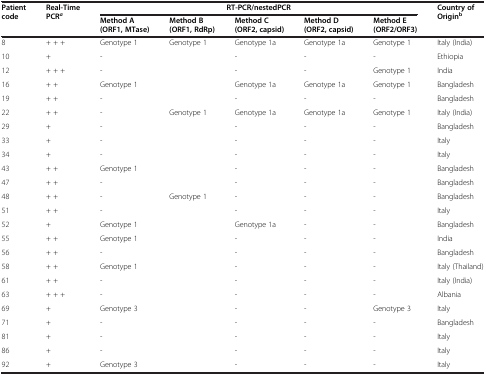
| <ROWSPAN=2> Patient code | <ROWSPAN=2> Real-Time PCRa | <COLSPAN=5> RT-PCR/nestedPCR | <ROWSPAN=2> Country of Originb |
 | Method A (ORF1, MTase) | Method B (ORF1, RdRp) | Method C (ORF2, capsid) | Method D (ORF2, capsid) | Method E (ORF2/ORF3) |
 | --- | --- | --- | --- | --- | --- | --- | --- |
 | 8 | + + + | Genotype 1 | Genotype 1 | Genotype 1a | Genotype 1a | Genotype 1 | Italy (India) |
 | 10 | + | - |  | - | - | - | Ethiopia |
 | 12 | + + + | - |  | - | - | Genotype 1 | India |
 | 16 | + + | Genotype 1 |  | Genotype 1a | Genotype 1a | Genotype 1 | Bangladesh |
 | 19 | + + | - |  | - | - | - | Bangladesh |
 | 22 | + + | - | Genotype 1 | Genotype 1a | Genotype 1a | Genotype 1 | Italy (India) |
 | 29 | + | - |  | - | - | - | Bangladesh |
 | 33 | + | - |  | - | - | - | Italy |
 | 34 | + | - |  | - | - | - | Italy |
 | 43 | + + | Genotype 1 |  | - | - | - | Bangladesh |
 | 47 | + + | - |  | - | - | - | Bangladesh |
 | 48 | + + | - | Genotype 1 | - | - | - | Bangladesh |
 | 51 | + + | - |  | - | - | - | Italy |
 | 52 | + | Genotype 1 |  | Genotype 1a | - | - | Bangladesh |
 | 55 | + + | Genotype 1 |  | - | - | - | India |
 | 56 | + + | - |  | - | - | - | Bangladesh |
 | 58 | + + | Genotype 1 |  | - | - | - | Italy (Thailand) |
 | 61 | + + | - |  | - | - | - | Italy (India) |
 | 63 | + + + | - |  | - | - | - | Albania |
 | 69 | + | Genotype 3 |  | - | - | Genotype 3 | Italy |
 | 71 | + | - |  | - | - | - | Bangladesh |
 | 81 | + | - |  | - | - | - | Italy |
 | 86 | + | - |  | - | - | - | Italy |
 | 92 | + | Genotype 3 |  | - | - | - | Italy |